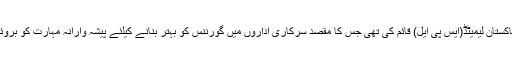
رواں سال کے اوائل میں کابینہ نے سرمایہ پاکستان لیمیٹڈ(ایس پی ایل) قائم کی تھی جس کا مقصد سرکاری اداروں میں گورننس کو بہتر بنانے کیلئے پیشہ وارانہ مہارت کو بروئے کارلاتے ہوئے انہیں منافع بخش بنانا ہے۔